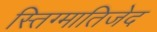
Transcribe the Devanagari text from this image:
स्तिग्मातिजेद